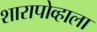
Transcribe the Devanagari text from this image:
शारापोव्हाला